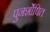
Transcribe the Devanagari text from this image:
पुनर्शोषित